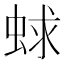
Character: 蛷